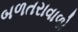
બળતરાવાળો